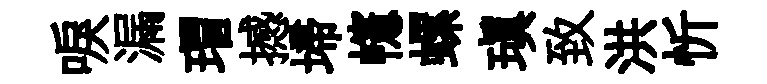
唳漏瑁撼埽幰螺瑱致洪忻